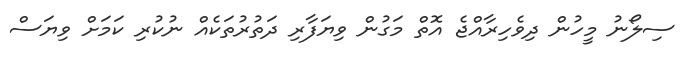
ސިލޯނު މީހުން ދިވެހިރާއްޖެ އޮތް މަގުން ވިޔަފާރި ދަތުރުތަކެއް ނުކުރި ކަމަށް ވިޔަސް